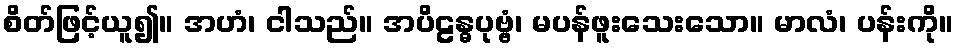
စိတ်ဖြင့်ယူ၍။ အဟံ၊ ငါသည်။ အပိဠန္ဓပုဗ္ဗံ၊ မပန်ဖူးသေးသော။ မာလံ၊ ပန်းကို။